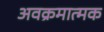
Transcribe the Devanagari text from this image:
अवक्रमात्मक